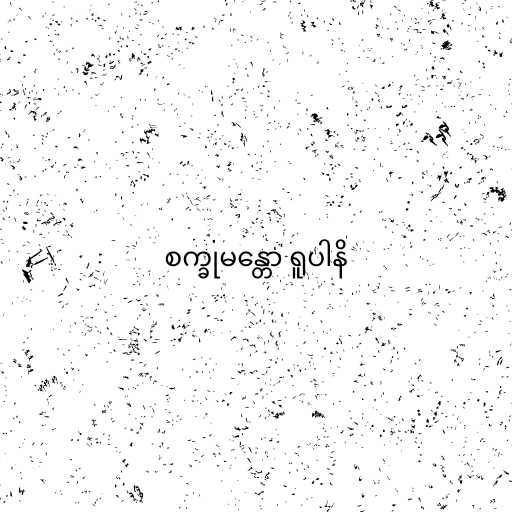
စက္ခုမန္တော ရူပါနိ